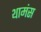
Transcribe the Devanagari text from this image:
थामंस